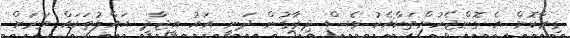
ގިރާކޮށް އެ ގޮންޖެހުންތަކާއެކު ވެސް ދިރާގުން ދަނީ އައު އީޖާދީ ޙައްލުތަކައް ވަރަށް